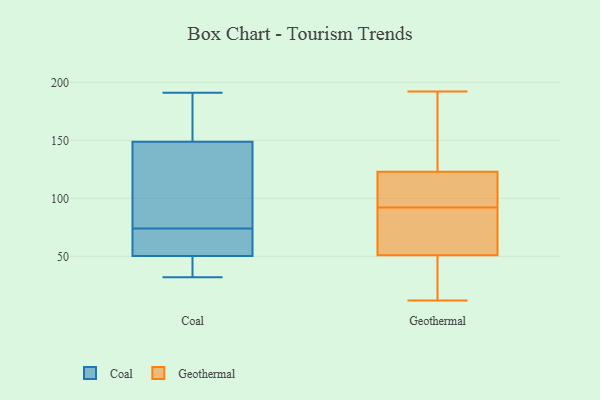
{"axis": {"x": "Active Users", "y": "Value"}, "legend": ["Coal", "Geothermal"], "data": [{"x": "", "y": 59, "type": "Coal"}, {"x": "", "y": 95, "type": "Coal"}, {"x": "", "y": 81, "type": "Coal"}, {"x": "", "y": 73, "type": "Coal"}, {"x": "", "y": 35, "type": "Coal"}, {"x": "", "y": 151, "type": "Coal"}, {"x": "", "y": 149, "type": "Coal"}, {"x": "", "y": 54, "type": "Coal"}, {"x": "", "y": 49, "type": "Coal"}, {"x": "", "y": 47, "type": "Coal"}, {"x": "", "y": 74, "type": "Coal"}, {"x": "", "y": 99, "type": "Coal"}, {"x": "", "y": 38, "type": "Coal"}, {"x": "", "y": 178, "type": "Coal"}, {"x": "", "y": 148, "type": "Coal"}, {"x": "", "y": 175, "type": "Coal"}, {"x": "", "y": 191, "type": "Coal"}, {"x": "", "y": 32, "type": "Coal"}, {"x": "", "y": 68, "type": "Coal"}, {"x": "", "y": 12, "type": "Geothermal"}, {"x": "", "y": 39, "type": "Geothermal"}, {"x": "", "y": 109, "type": "Geothermal"}, {"x": "", "y": 93, "type": "Geothermal"}, {"x": "", "y": 74, "type": "Geothermal"}, {"x": "", "y": 44, "type": "Geothermal"}, {"x": "", "y": 58, "type": "Geothermal"}, {"x": "", "y": 108, "type": "Geothermal"}, {"x": "", "y": 91, "type": "Geothermal"}, {"x": "", "y": 192, "type": "Geothermal"}, {"x": "", "y": 137, "type": "Geothermal"}, {"x": "", "y": 145, "type": "Geothermal"}]}